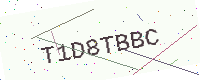
Text: T1D8TBBC